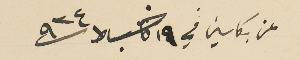
عن بكاسين في ١٩ شباط سنة ٩٢٤